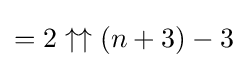
=2\uparrow \uparrow (n+3)-3